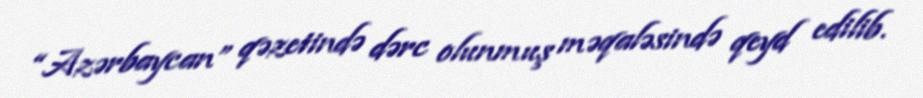
“Azərbaycan” qəzetində dərc olunmuş məqaləsində qeyd edilib.